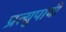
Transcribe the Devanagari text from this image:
प्रत्युपायी